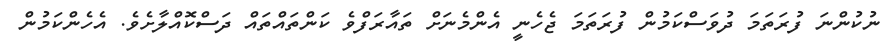
ނުކުންނަ ފުރަތަމަ ދުވަސްކަމުން ފުރަތަމަ ޖެހެނީ އެންމެނަށް ތައާރަފްވެ ކަންތައްތައް ދަސްކޮއްލާށެވެ. އެހެންކަމުން